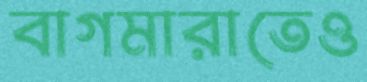
বাগমারাতেও